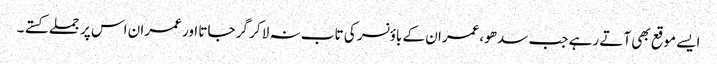
ایسے موقع بھی آتے رہے جب سدھو ،عمران کے باؤنسر کی تاب نہ لا کر گر جاتا اور عمران اس پر جملے کستے ۔